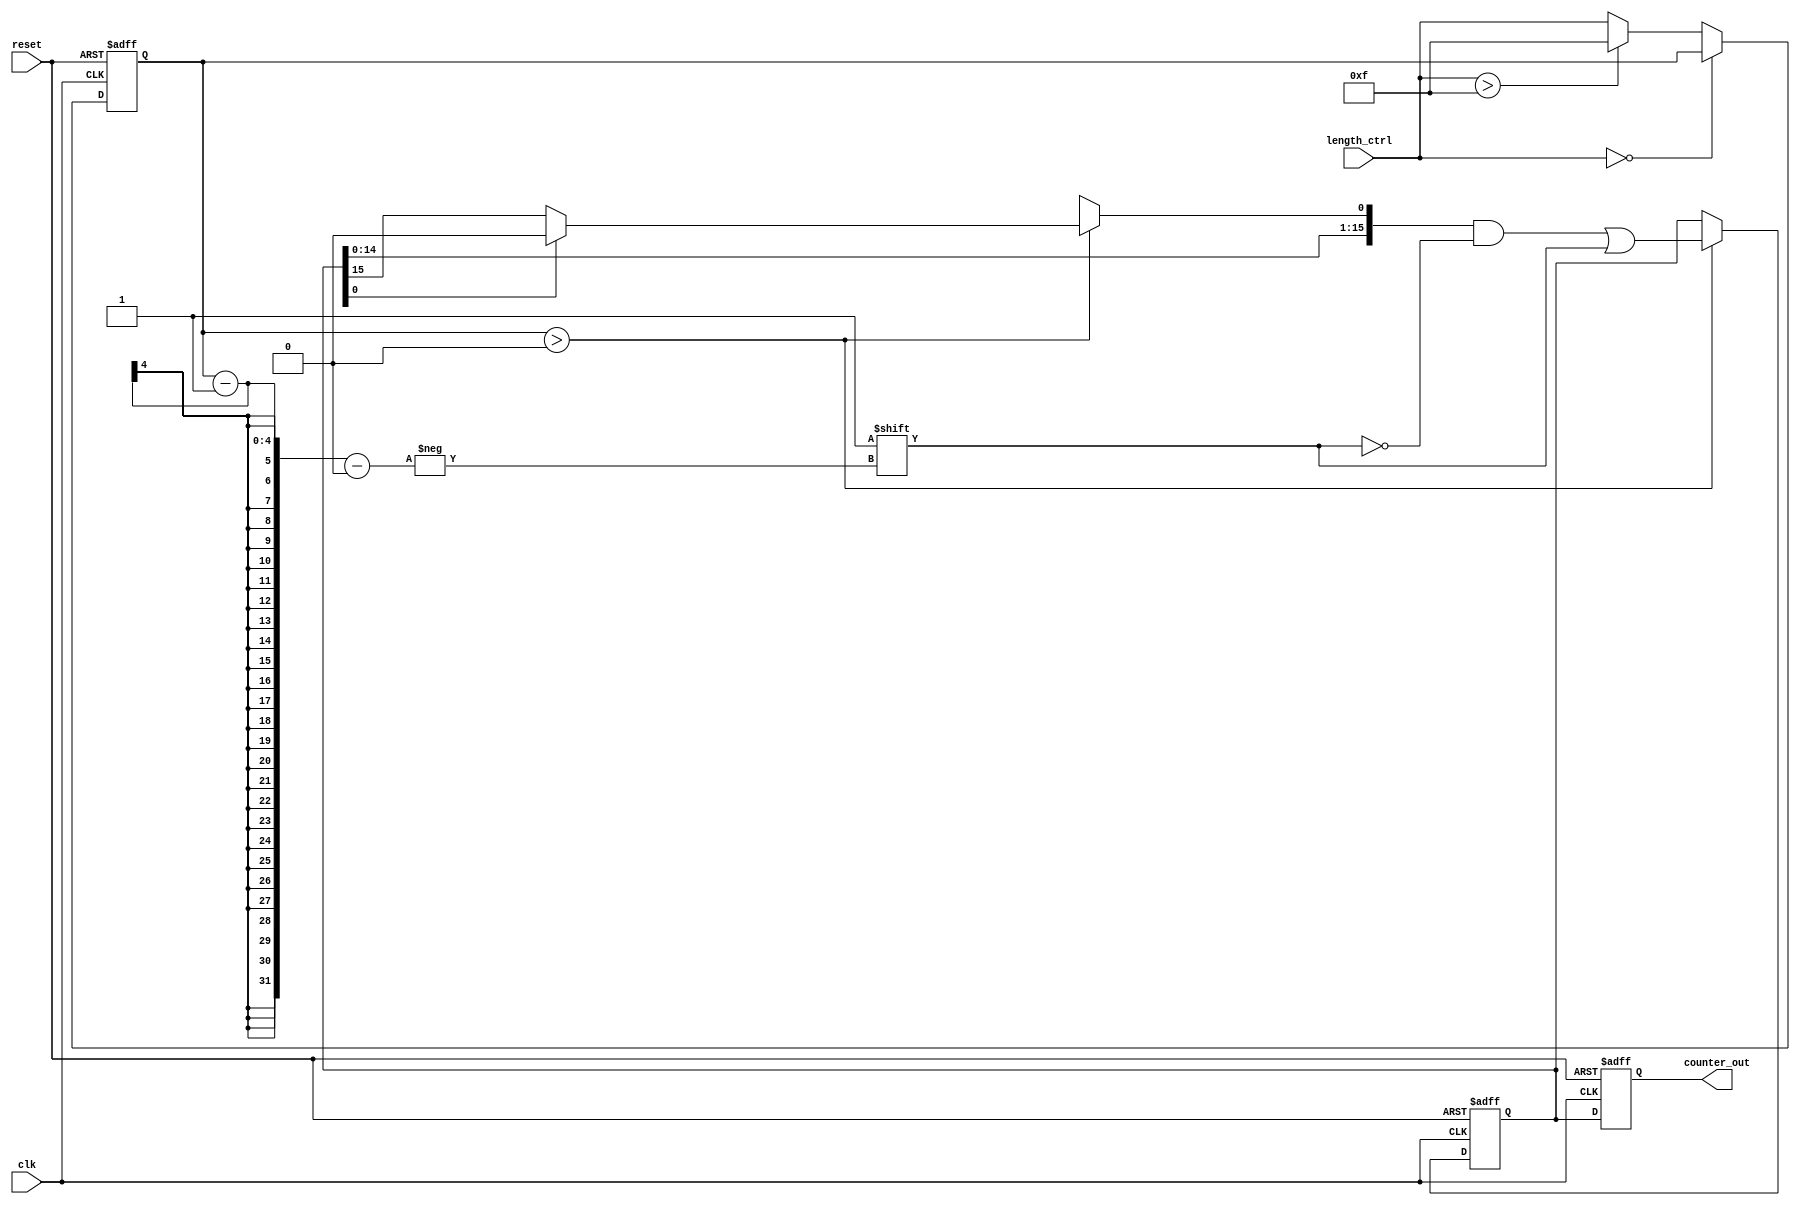
module variable_length_ring_counter (
    input wire clk,                // Clock input
    input wire reset,              // Asynchronous reset
    input wire [3:0] length_ctrl,  // Length control input (0 to 15)
    output reg [15:0] counter_out   // Output representing the state of the counter
);

    reg [15:0] state;              // Internal state of the ring counter
    reg [3:0] effective_length;    // Effective length of the counter

    always @(posedge clk or posedge reset) begin
        if (reset) begin
            // Reset the counter to the initial state
            counter_out <= 16'b0000000000000001; // Set the first flip-flop to '1'
            state <= 16'b0000000000000001;
            effective_length <= 4'b0001; // Minimum length is 1
        end else begin
            // Update effective length based on length control input
            if (length_ctrl == 4'b0000) begin
                // If length control is 0, hold the state
                effective_length <= effective_length; // No change
            end else if (length_ctrl > 4'b1111) begin
                // If length control exceeds maximum, set to maximum length
                effective_length <= 4'b1111; // Maximum length is 15
            end else begin
                // Set effective length based on length control input
                effective_length <= length_ctrl;
            end

            // Shift the '1' through the flip-flops based on effective length
            if (effective_length > 0) begin
                // Shift the state to the right
                state <= {state[14:0], state[15]};
                // Set the first flip-flop to '1' if it is within the effective length
                if (state[0] == 1'b1) begin
                    state[0] <= 1'b0; // Clear the first flip-flop
                end
                state[effective_length - 1] <= 1'b1; // Set the new position to '1'
            end

            // Update the output
            counter_out <= state;
        end
    end

endmodule